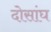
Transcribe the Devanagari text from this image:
दोसांघ